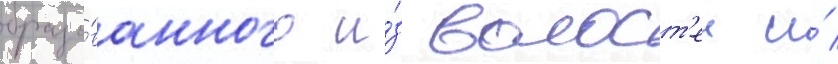
образо́ванного и́з волост'еи и́